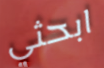
ابحثي